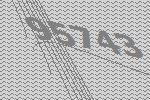
95743